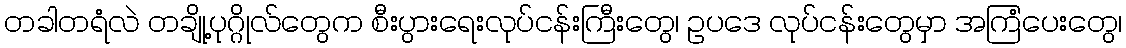
တခါတရံလဲ တချို့ပုဂ္ဂိုလ်တွေက စီးပွားရေးလုပ်ငန်းကြီးတွေ၊ ဥပဒေ လုပ်ငန်းတွေမှာ အကြံပေးတွေ၊